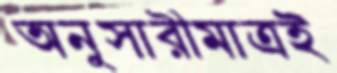
অনুসারীমাত্রই